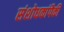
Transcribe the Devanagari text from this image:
संशोधकांपैकी